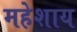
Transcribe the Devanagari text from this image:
महेशाय